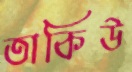
তাকিউ